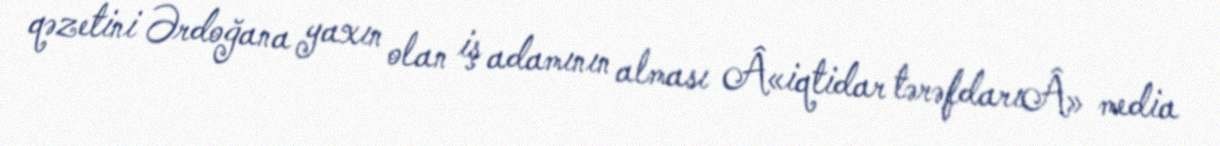
qəzetini Ərdoğana yaxın olan iş adamının alması Â«iqtidar tərəfdarıÂ» media